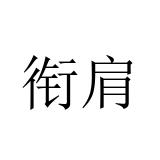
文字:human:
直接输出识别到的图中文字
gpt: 衔肩